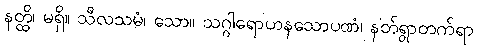
နတ္ထိ၊ မရှိ။ သီလသမံ၊ သော။ သဂ္ဂါရောဟနသောပဏံ၊ နတ်ရွာတက်ရာ